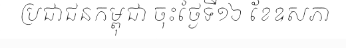
ប្រជាជនកម្ពុជា ចុះថ្ងៃទី១៦ ខែឧសភា